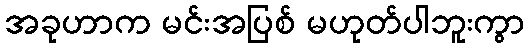
အခုဟာက မင်းအပြစ် မဟုတ်ပါဘူးကွာ